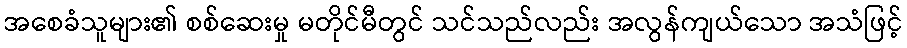
အစေခံသူများ၏ စစ်ဆေးမှု မတိုင်မီတွင် သင်သည်လည်း အလွန်ကျယ်သော အသံဖြင့်